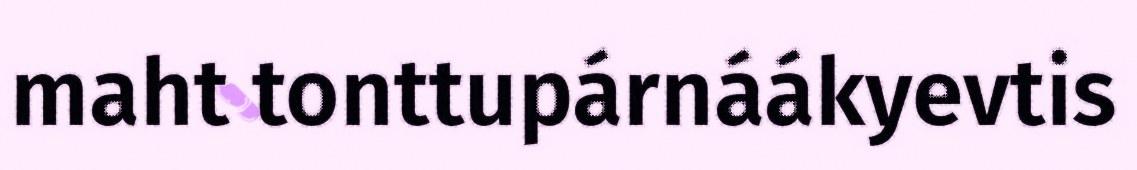
maht tonttupárnáákyevtis